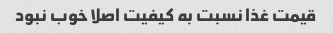
قیمت غذا نسبت به کیفیت اصلا خوب نبود